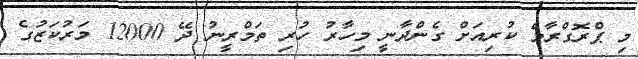
މި ޕްރޮގްރާމް ކުރިއަށް ގެންދާނީ މިހާރު ހުރި ތަމްރީނު ދޭ 12000 މަރުކަޒުގެ